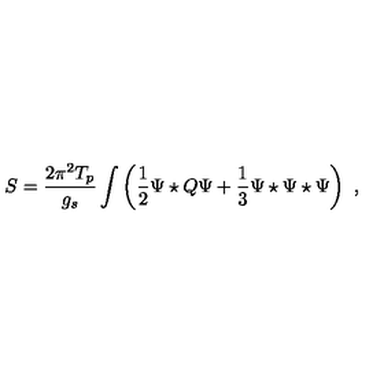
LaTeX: S = \frac { 2 \pi ^ { 2 } T _ { p } } { g _ { s } } \int \left( \frac { 1 } { 2 } \Psi \star Q \Psi + \frac { 1 } { 3 } \Psi \star \Psi \star \Psi \right) \ ,